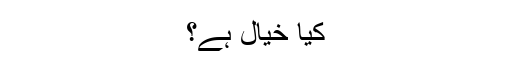
کیا خیال ہے؟